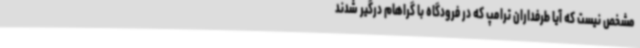
مشخص نیست که آیا طرفداران ترامپ که در فرودگاه با گراهام درگیر شدند